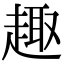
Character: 趣